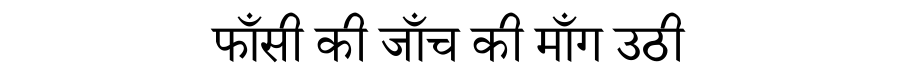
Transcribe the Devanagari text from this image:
फाँसी की जाँच की माँग उठी